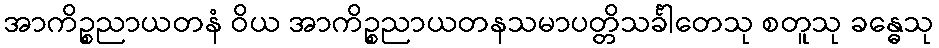
အာကိဉ္စညာယတနံ ဝိယ အာကိဉ္စညာယတနသမာပတ္တိသင်္ခါတေသု စတူသု ခန္ဓေသု